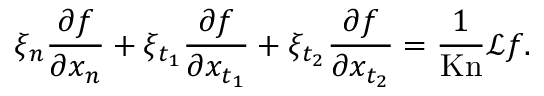
\xi _ { n } \frac { \partial f } { \partial x _ { n } } + \xi _ { t _ { 1 } } \frac { \partial f } { \partial x _ { t _ { 1 } } } + \xi _ { t _ { 2 } } \frac { \partial f } { \partial x _ { t _ { 2 } } } = \frac { 1 } { \mathrm { K n } } \mathcal { L } f .